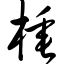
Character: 棰